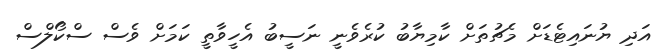
އަދި ޔުނައިޓެޑަށް މެޗުތަށް ކާމިޔާބު ކުރެވެނީ ނަސީބު އެހީވާތީ ކަމަށް ވެސް ސްކޯލްސް